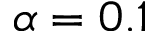
\alpha = 0 . 1